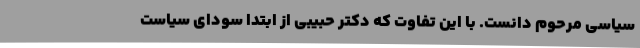
سیاسی مرحوم دانست. با این تفاوت که دکتر حبیبی از ابتدا سودای سیاست